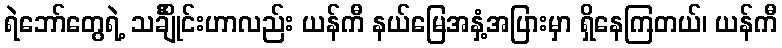
ရဲဘော်တွေရဲ့ သင်္ချိုင်းဟာလည်း ယန်ကီ နယ်မြေအနှံ့အပြားမှာ ရှိနေကြတယ်၊ ယန်ကီ